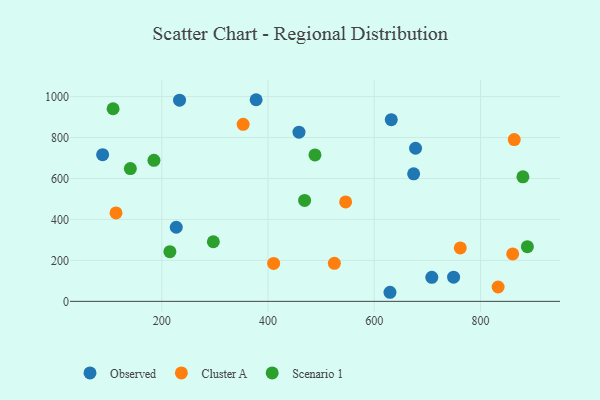
{"axis": {"x": "Ad Spend", "y": "Salary"}, "legend": ["Cluster A", "Observed", "Scenario 1"], "data": [{"x": "458.3", "y": 826.1, "type": "Observed"}, {"x": "632.0", "y": 887.4, "type": "Observed"}, {"x": "88.7", "y": 716.4, "type": "Observed"}, {"x": "227.3", "y": 361.8, "type": "Observed"}, {"x": "377.6", "y": 984.7, "type": "Observed"}, {"x": "674.1", "y": 622.7, "type": "Observed"}, {"x": "233.5", "y": 982.7, "type": "Observed"}, {"x": "677.7", "y": 747.7, "type": "Observed"}, {"x": "629.6", "y": 44.3, "type": "Observed"}, {"x": "708.3", "y": 117.3, "type": "Observed"}, {"x": "749.3", "y": 118.0, "type": "Observed"}, {"x": "410.6", "y": 185.4, "type": "Cluster A"}, {"x": "113.9", "y": 431.8, "type": "Cluster A"}, {"x": "860.6", "y": 231.6, "type": "Cluster A"}, {"x": "353.2", "y": 864.4, "type": "Cluster A"}, {"x": "761.9", "y": 260.8, "type": "Cluster A"}, {"x": "546.1", "y": 485.7, "type": "Cluster A"}, {"x": "524.9", "y": 185.6, "type": "Cluster A"}, {"x": "833.1", "y": 70.0, "type": "Cluster A"}, {"x": "863.5", "y": 790.0, "type": "Cluster A"}, {"x": "108.4", "y": 940.6, "type": "Scenario 1"}, {"x": "888.2", "y": 266.9, "type": "Scenario 1"}, {"x": "879.8", "y": 608.0, "type": "Scenario 1"}, {"x": "140.9", "y": 648.5, "type": "Scenario 1"}, {"x": "215.3", "y": 242.6, "type": "Scenario 1"}, {"x": "297.1", "y": 291.1, "type": "Scenario 1"}, {"x": "185.3", "y": 688.7, "type": "Scenario 1"}, {"x": "488.4", "y": 715.2, "type": "Scenario 1"}, {"x": "468.9", "y": 492.8, "type": "Scenario 1"}]}